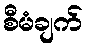
စီမံချက်